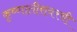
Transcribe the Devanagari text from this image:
कृष्णातीरावरची